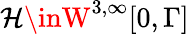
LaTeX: \mathcal{H}\inW^{3,\infty}[0,\Gamma]